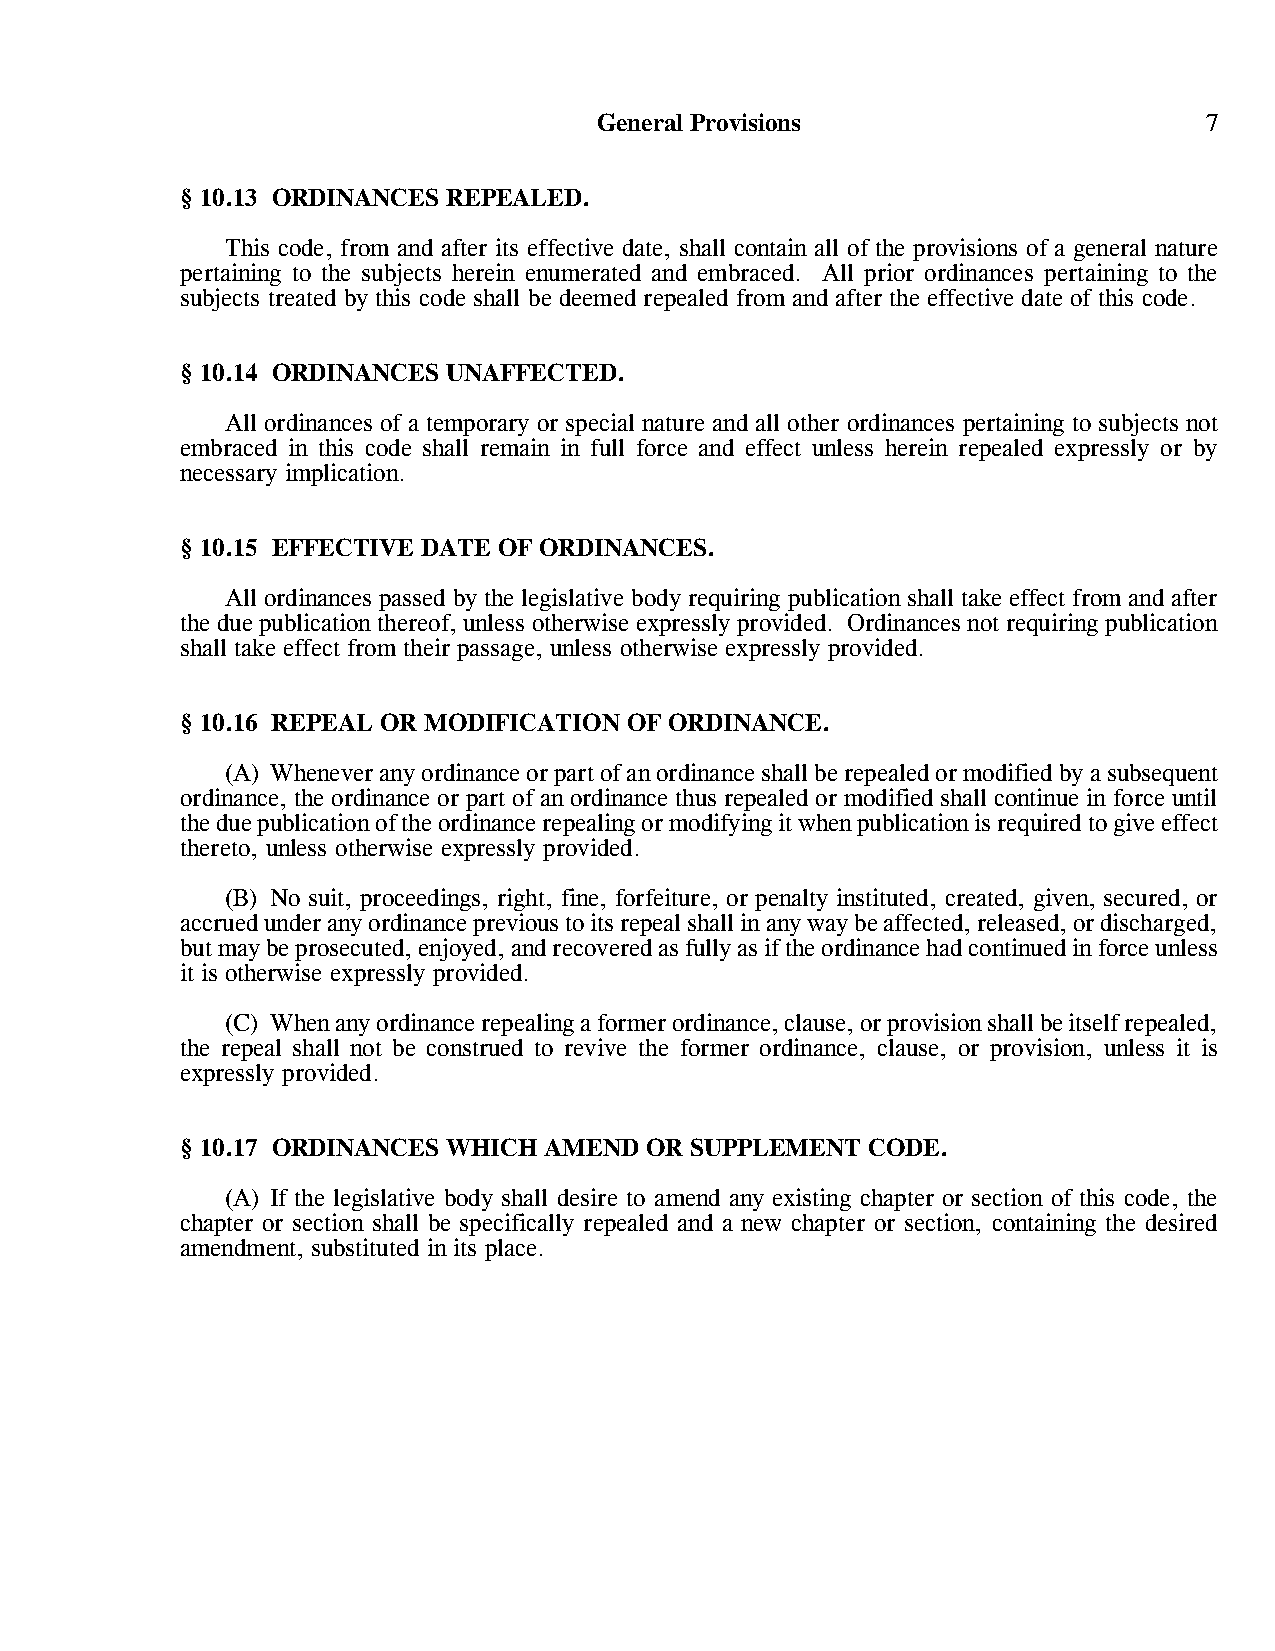
General Provisions                      7
 § 10.13 ORDINANCES REPEALED.
 This code, from and after its effective date, shall contain all of the provisions of a general nature
 pertaining to the subjects herein enumerated and embraced. All prior ordinances pertaining to the
 subjects treated by this code shall be deemed repealed from and after the effective date of this code.
 § 10.14 ORDINANCES UNAFFECTED.
 All ordinances of a temporary or special nature and all other ordinances pertaining to subjects not
 embraced in this code shall remain in full force and effect unless herein repealed expressly or by
 necessary implication.
 § 10.15 EFFECTIVE DATE OF ORDINANCES.
 All ordinances passed by the legislative body requiring publication shall take effect from and after
 the due publication thereof, unless otherwise expressly provided. Ordinances not requiring publication
 shall take effect from their passage, unless otherwise expressly provided.
 § 10.16 REPEAL OR MODIFICATION OF ORDINANCE.
 (A) Whenever any ordinance or part of an ordinance shall be repealed or modified by a subsequent
 ordinance, the ordinance or part of an ordinance thus repealed or modified shall continue in force until
 the due publication of the ordinance repealing or modifying it when publication is required to give effect
 thereto, unless otherwise expressly provided.
 (B) No suit, proceedings, right, fine, forfeiture, or penalty instituted, created, given, secured, or
 accrued under any ordinance previous to its repeal shall in any way be affected, released, or discharged,
 but may be prosecuted, enjoyed, and recovered as fully as if the ordinance had continued in force unless
 it is otherwise expressly provided.
 (C) When any ordinance repealing a former ordinance, clause, or provision shall be itself repealed,
 the repeal shall not be construed to revive the former ordinance, clause, or provision, unless it is
 expressly provided.
 § 10.17 ORDINANCES WHICH AMEND OR SUPPLEMENT CODE.
 (A) If the legislative body shall desire to amend any existing chapter or section of this code, the
 chapter or section shall be specifically repealed and a new chapter or section, containing the desired
 amendment, substituted in its place.